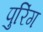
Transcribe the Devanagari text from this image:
पुरिंग